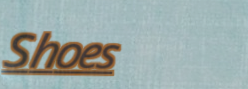
Shoes